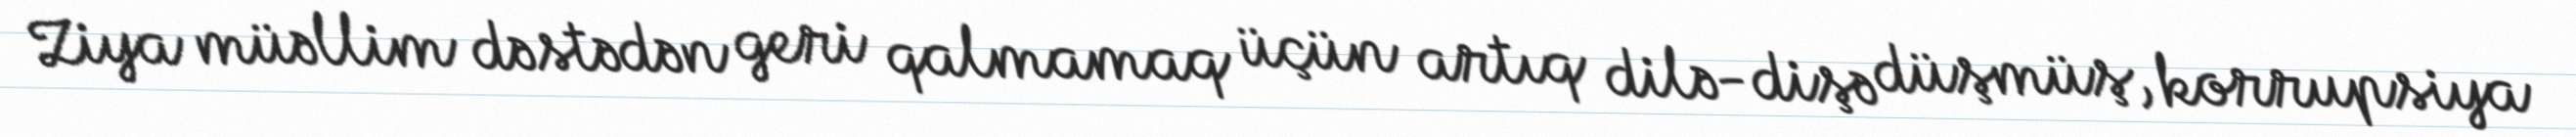
Ziya müəllim dəstədən geri qalmamaq üçün artıq dilə-dişə düşmüş, korrupsiya